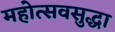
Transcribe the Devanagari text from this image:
महोत्सवसुद्धा